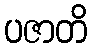
ပဇာတိ